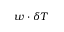
w \cdot \delta T